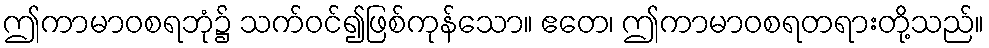
ဤကာမာဝစရဘုံ၌ သက်ဝင်၍ဖြစ်ကုန်သော။ ဧတေ၊ ဤကာမာဝစရတရားတို့သည်။